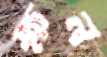
ক্ষন